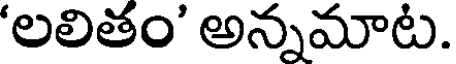
'లలితం' అన్నమాట.